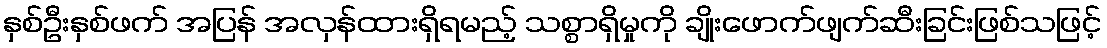
နှစ်ဦးနှစ်ဖက် အပြန် အလှန်ထားရှိရမည့် သစ္စာရှိမှုကို ချိုးဖောက်ဖျက်ဆီးခြင်းဖြစ်သဖြင့်